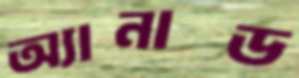
অ্যানাড